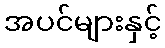
အပင်များနှင့်